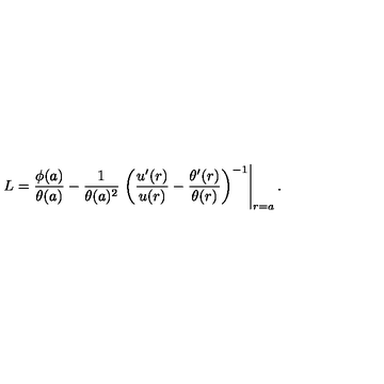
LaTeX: L = \frac { \phi ( a ) } { \theta ( a ) } - \frac { 1 } { \theta ( a ) ^ { 2 } } \left. \left( \frac { u ^ { \prime } ( r ) } { u ( r ) } - \frac { \theta ^ { \prime } ( r ) } { \theta ( r ) } \right) ^ { - 1 } \right| _ { r = a } .